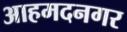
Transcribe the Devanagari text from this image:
आहमदनगर